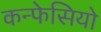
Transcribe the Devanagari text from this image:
कन्फेसियो